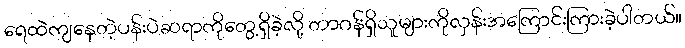
ရေထဲကျနေတဲ့ပန်းပဲဆရာကိုတွေ့ရှိခဲ့လို့ တာဂန်ရှိသူများကိုလှန်းအကြောင်းကြားခဲ့ပါတယ်။